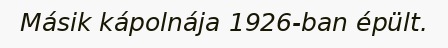
Másik kápolnája 1926-ban épült.